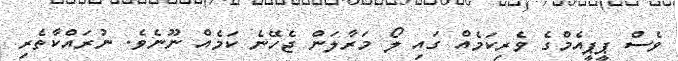
ވެސް ޕީޕީއެމްގެ ވެރިކަމެއް ގައި ލޯ މަރާލަން ޖެހޭނެ ކަމެއް ނޫނެވެ. ނުރައްކާތެރި